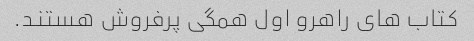
کتاب های راهرو اول همگی پرفروش هستند.